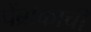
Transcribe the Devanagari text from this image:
पेंब्रोकाची